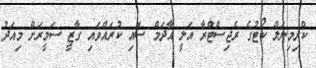
ކްރިމިނަލް ކޯޓުގެ ރެޖިސްޓްރާ އަލީ އާދަމް ސޮއި ކުރައްވައި ގާޒީ ސަމީރަށް މިއަދު